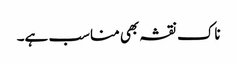
ناک نقشہ بھی مناسب ہے۔